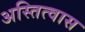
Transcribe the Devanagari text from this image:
अस्तित्वास